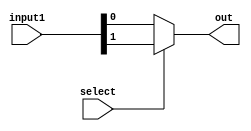
module multiplexer_2to1_ternary(out, input1, select);


output out;
input [1:0]input1;
input select;

assign out = select? input1[1] : input1[0];


endmodule


module multiplexer_2to1_ternary_test;

  //inputs
  reg [1:0]input1;
  reg select;

  //outputs
  wire out;

  //instantiat unit under test
  multiplexer_2to1_ternary mp(.out(out), .input1(input1), .select(select));

  initial begin
    input1 = 2'b00;  select = 1'b0;
  end

    always #1 input1 = input1 + 1;

    always #2  select = select + 1;

  initial begin
    $dumpfile("multiplexer_2to1_ternary.vcd");
    $dumpvars(0, multiplexer_2to1_ternary_test);
    $monitor("time=%g,out =%b,a=%b,b=%b", $time, out, input1, select);
  end
  initial #20 $finish; 


endmodule